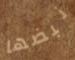
نبضها